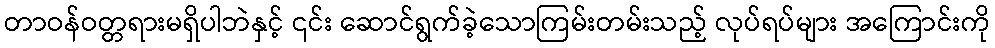
တာဝန်ဝတ္တရားမရှိပါဘဲနှင့် ၎င်း ဆောင်ရွက်ခဲ့သောကြမ်းတမ်းသည့် လုပ်ရပ်များ အကြောင်းကို